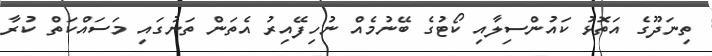
ތިނަދޫގެ އަތޮޅު ކައުންސިލާއި ކޯޓުގެ ބޭނުމެއް ނުހިފޭއިރު އެތަން ތަނުގައި މަސައްކަތް ކުރާ